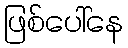
ဖြစ်ပေါ်နေ